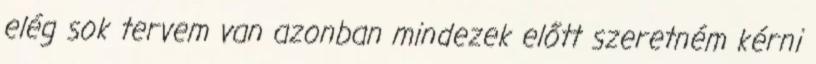
elég sok tervem van azonban mindezek előtt szeretném kérni